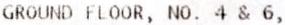
GROUND FLOOR, NO. 4 & 6,